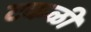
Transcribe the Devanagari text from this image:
टकळी